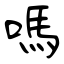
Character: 嗎